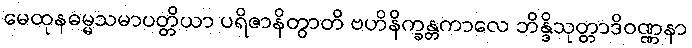
မေထုနဓမ္မသမာပတ္တိယာ ပရိဇာနိတွာတိ ဗဟိနိက္ခန္တကာလေ ဘိန္ဒိသုတ္တာဒိဝဏ္ဏနာ